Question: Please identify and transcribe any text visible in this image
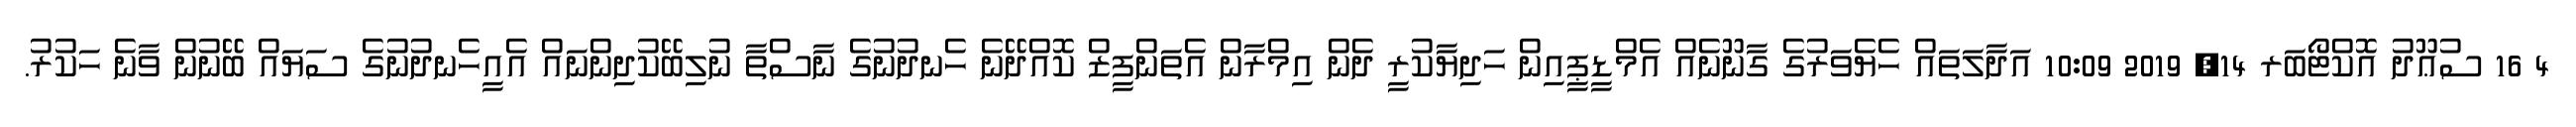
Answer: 4 16 ސުޢޫދު އޮކްޓޯބަރ 14, 2019 10:09 އަދާލަތައް ހެޔެވަރުގެ ގާނޫނެއް އެމްޑީޕީއިން ހަދިޔާކުރީ ދެން އިމްރާން އެތަންފީޒް ކޮއްދޭނެ ހެނދުނުގެ ނާސްތާ ނުލިބޭކުދިންނައް އެއީހެނދުނުގެ ސަޔައް ބޭނުން ވާނެ ހަކުރު.